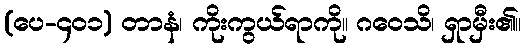
(ပေ-၄၀၁) တာနံ၊ ကိုးကွယ်ရာကို။ ဂဝေသိ၊ ရှာမှီး၏။